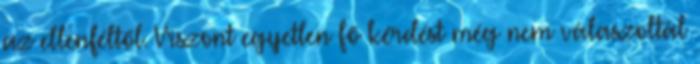
az ellenféltől. Viszont egyetlen fő kérdést még nem válaszoltál